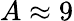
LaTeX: A\approx 9